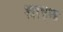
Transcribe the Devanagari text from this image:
श्राइक